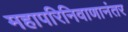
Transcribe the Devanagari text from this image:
महापरिनिवाणानंतर